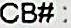
CB# :